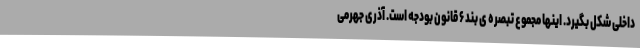
داخلی شکل بگیرد. اینها مجموع تبصره ی بند ۶ قانون بودجه است. آذری جهرمی